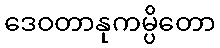
ဒေဝတာနုကမ္ပိတော